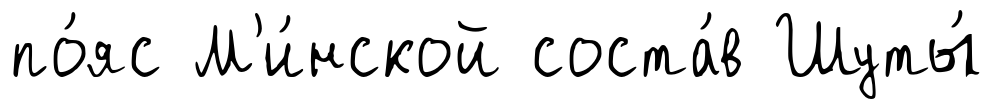
по́яс М'и́нской соста́в Шуты́